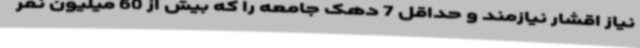
نیاز اقشار نیازمند و حداقل 7 دهک جامعه را که بیش از 60 میلیون نفر